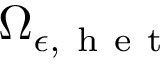
{ \Omega } _ { \epsilon , \mathrm { ~ h ~ e ~ t ~ } }